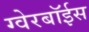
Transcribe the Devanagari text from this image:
ग्‍वेरबॉईस